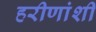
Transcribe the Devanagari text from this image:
हरीणांशी